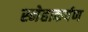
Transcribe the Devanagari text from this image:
स्नेहाकर्षण